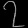
Digit: ၇